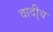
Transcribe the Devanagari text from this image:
वादी्य